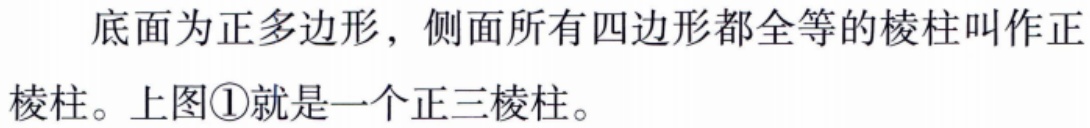
底面为正多边形，侧面所有四边形都全等的棱柱叫作正棱柱。上图\textcircled{1}就是一个正三棱柱。